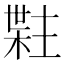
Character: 𬃯